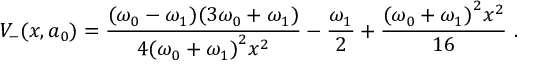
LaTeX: V _ { - } ( x , a _ { 0 } ) = \frac { ( \omega _ { 0 } - \omega _ { 1 } ) ( 3 \omega _ { 0 } + \omega _ { 1 } ) } { 4 { ( \omega _ { 0 } + \omega _ { 1 } ) } ^ { 2 } x ^ { 2 } } - \frac { \omega _ { 1 } } { 2 } + \frac { { ( \omega _ { 0 } + \omega _ { 1 } ) } ^ { 2 } x ^ { 2 } } { 1 6 } ~ .